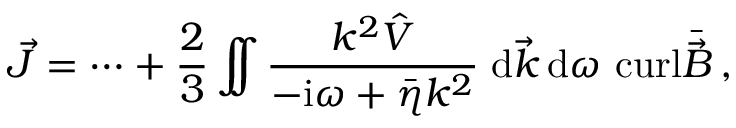
\vec { \cal J } = \dots + \frac { 2 } { 3 } \int \! \! \! \! \int \frac { k ^ { 2 } { \hat { V } } } { - \mathrm { i } \omega + { \bar { \eta } } k ^ { 2 } } \; \mathrm { d } \vec { k } \, \mathrm { d } \omega \ \mathrm { c u r l } \bar { \vec { B } } \, ,